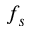
f _ { s }